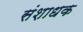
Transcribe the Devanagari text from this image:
संशाधक